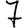
Digit: 7